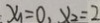
x _ { 1 } = 0 , x _ { 2 } = 2